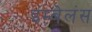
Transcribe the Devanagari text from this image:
इम्बेलंस